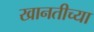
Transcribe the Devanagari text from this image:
खानतीच्या